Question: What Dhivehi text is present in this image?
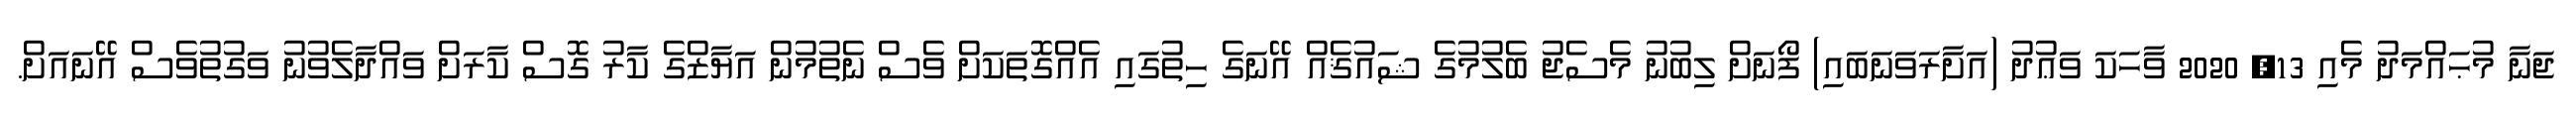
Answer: ޖަނާ މުޙައްމަދު މެއި 13, 2020 ވާހަކަ ވަޢުދު (އަށާރަވަނަބައި) ފޯނަށް ލިބުނު މެސެޖު ބެލުމުގެ ޝައުޤެއް އޭނަގެ ހިތުގައި އެއްގޮތަކަށް ވެސް ނެތުމުން އަޔާޒްގެ ކާރު ގޮސް ކާރަށް ވައްދާލެވުނު ވަގުތުވެސް އޭނައަށް.